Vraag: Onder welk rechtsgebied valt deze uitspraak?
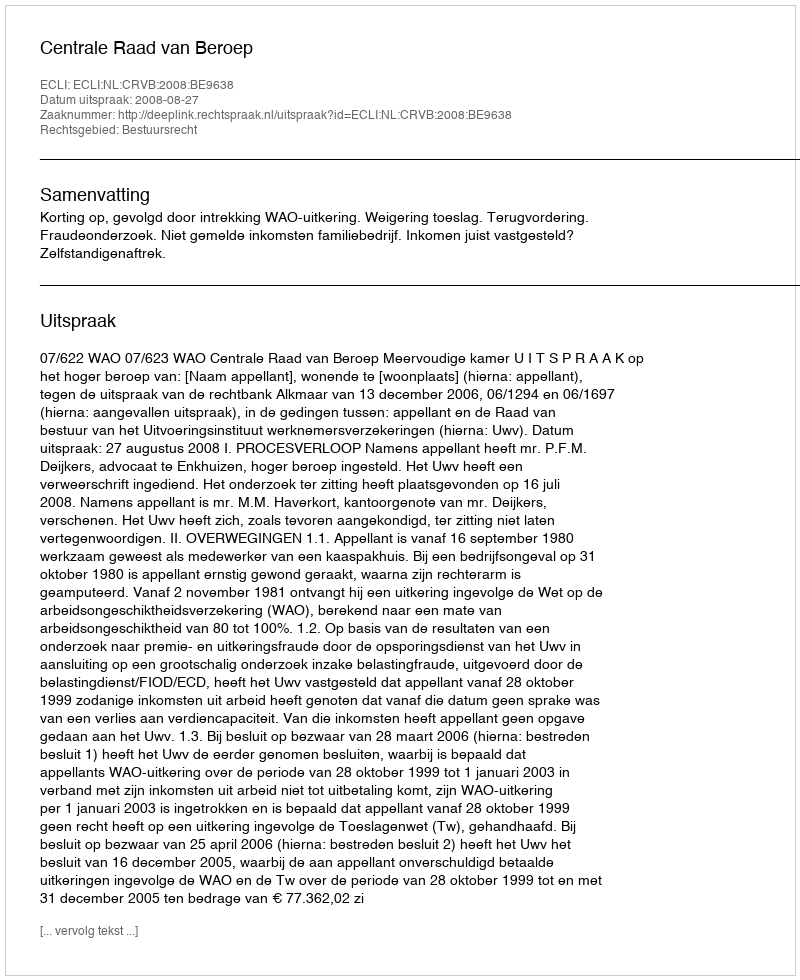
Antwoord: Bestuursrecht